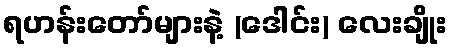
ရဟန်းတော်များနဲ့ (ဒေါင်း) လေးချိုး